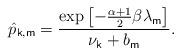
LaTeX: \begin{align*}\hat{p}_{\mathsf{k,m}}=\frac{\exp \left[ -\frac{\alpha +1}{2}\beta \lambda _{\mathsf{m}}\right] }{\nu _{\mathsf{k}}+b_{\mathsf{m}}}. \end{align*}